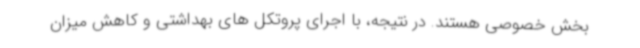
بخش خصوصی هستند. در نتیجه، با اجرای پروتکل های بهداشتی و کاهش میزان